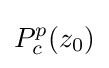
P_{c}^{p}(z_{0})